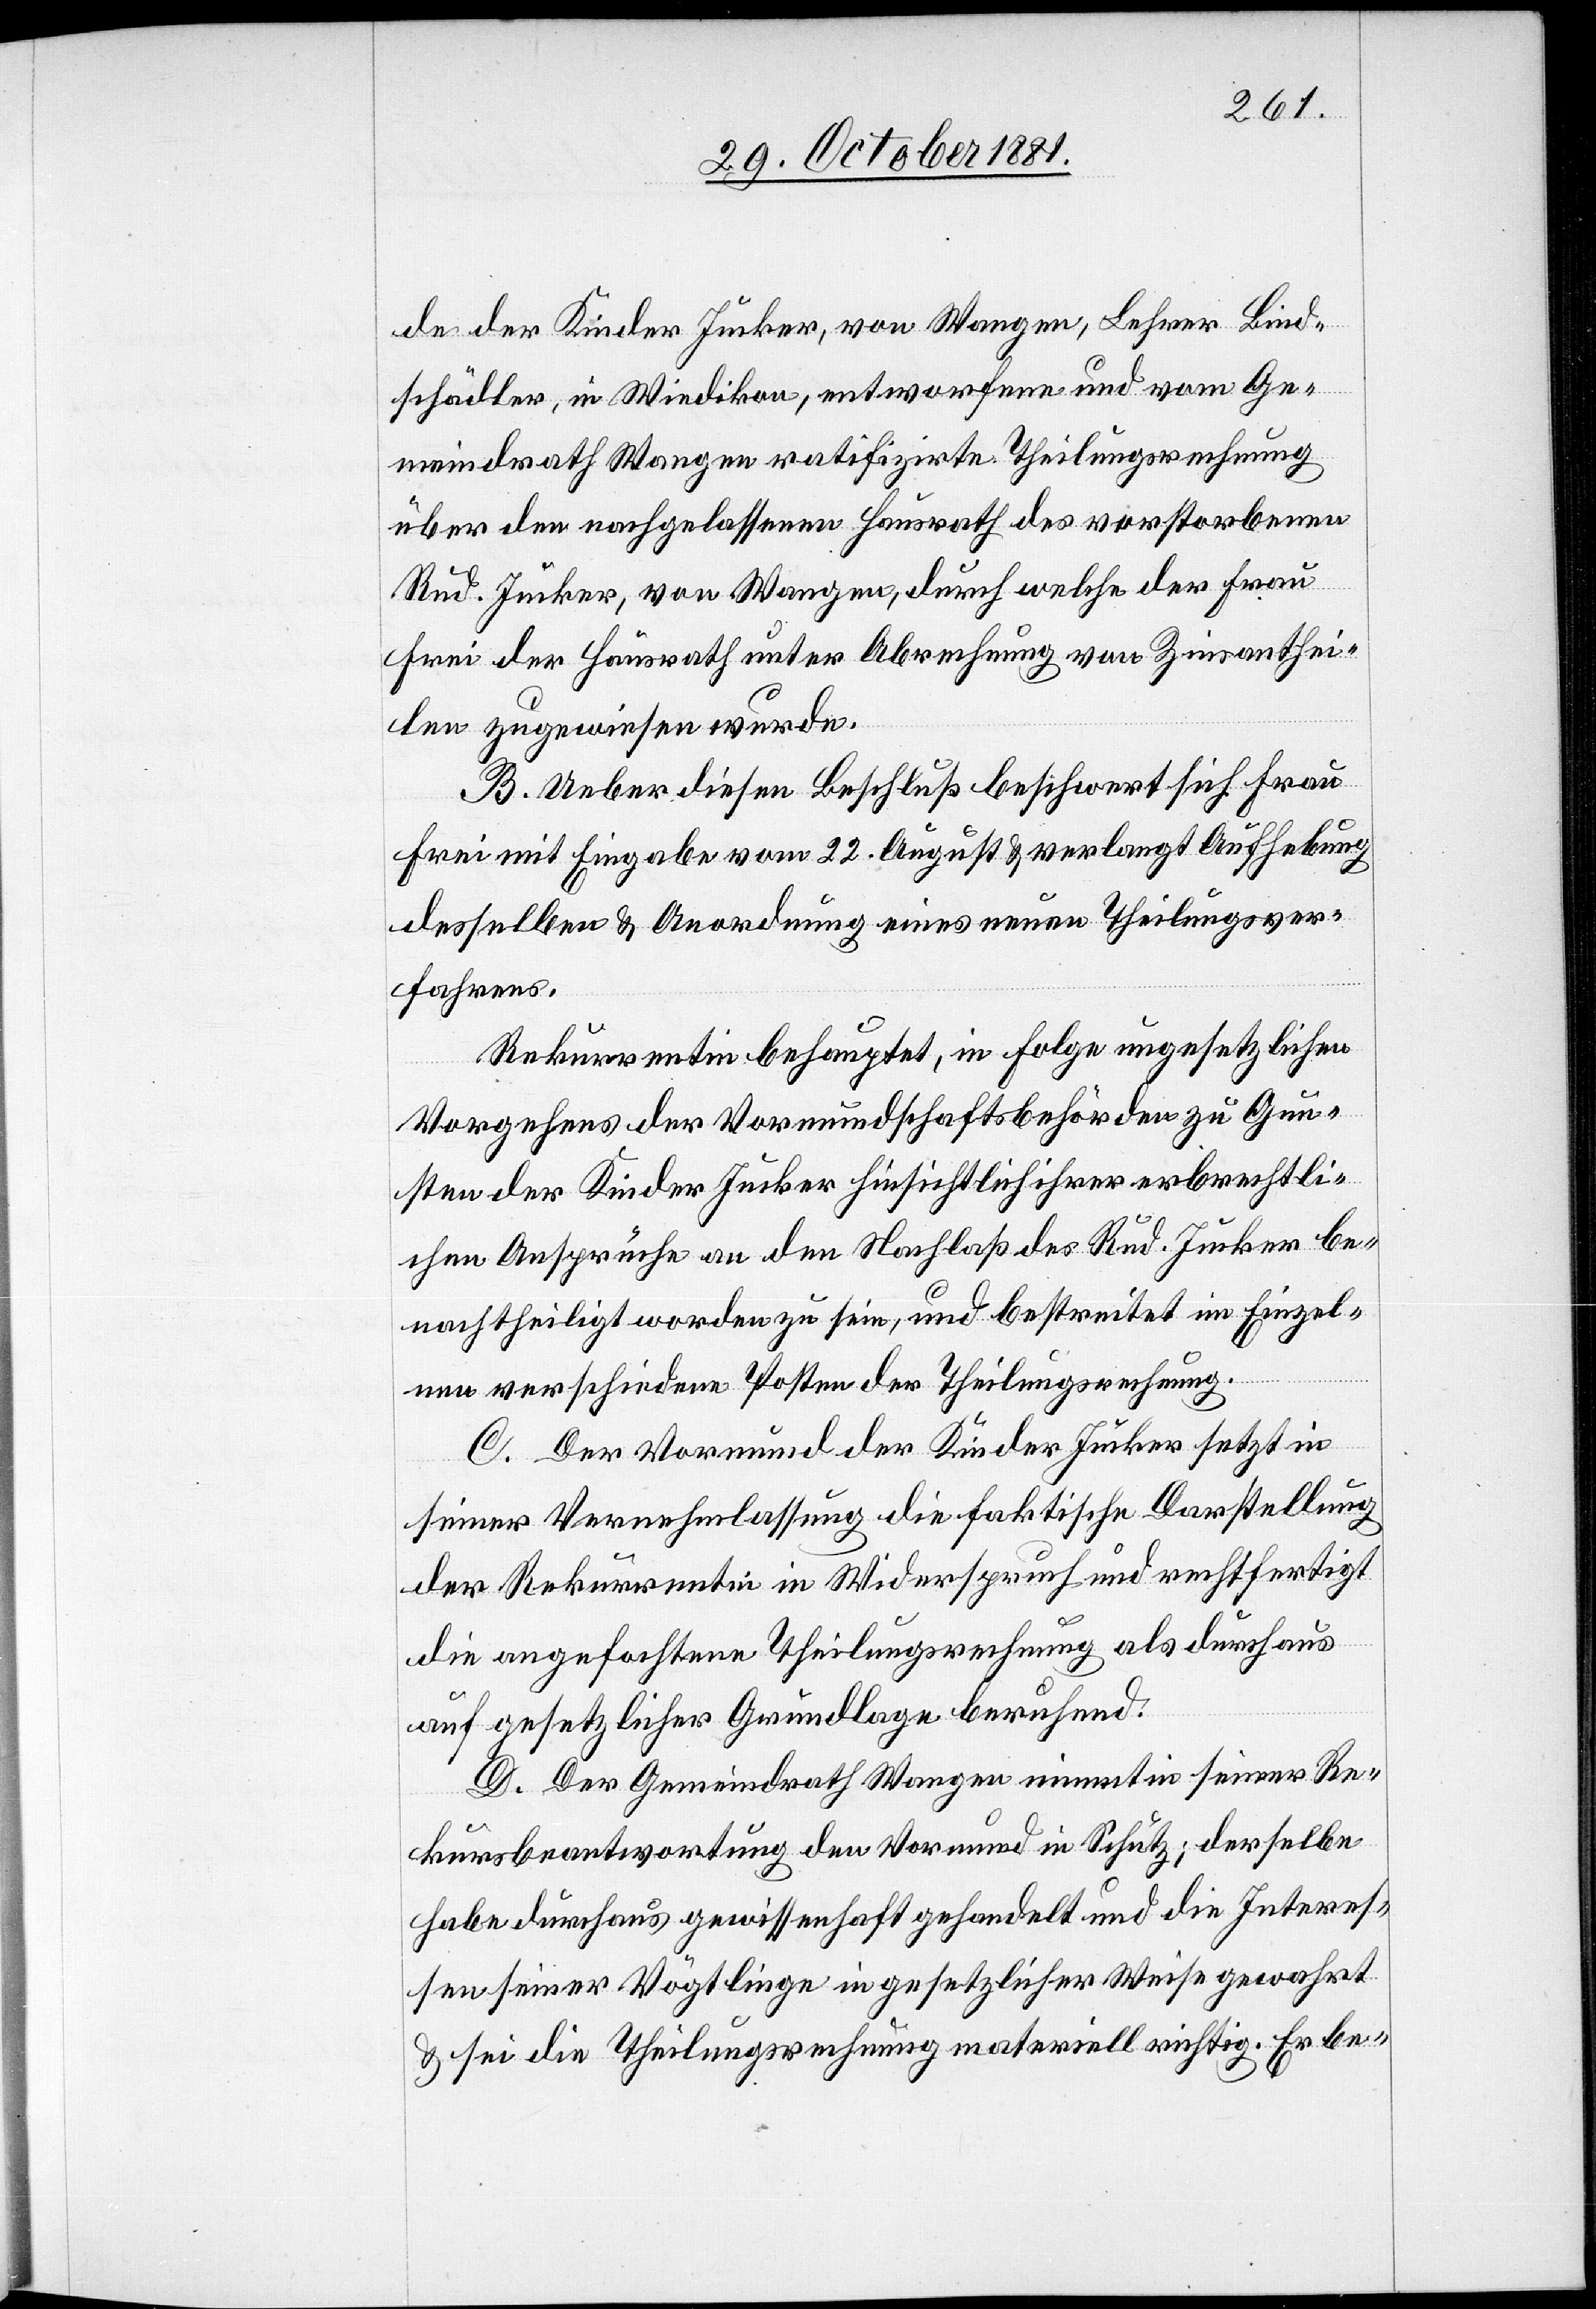
de der Kinder Jucker, von Wangen, Lehrer Bind¬
schädler, in Wiedikon, entworfene und vom Ge¬
meindrath Wangen ratifizirte Theilungsrechnung
über den nachgelassenen Hausrath des verstorbenen
Rud. Jucker, von Wangen, durch welche der Frau
Frei der Hausrath unter Abrechnung von Zinsanthei¬
len zugewiesen wurde.
B. Ueber diesen Beschluß beschwert sich Frau
Frei mit Eingabe vom 22. August & verlangt Aufhebung
desselben & Anordnung eines neuen Theilungsver¬
fahrens.
Rekurrentin behauptet, in Folge ungesetzlichen
Vorgehens der Vormundschaftsbehörde zu Gun¬
sten der Kinder Jucker hinsichtlich ihrer erbrechtli¬
chen Ansprüche an den Nachlaß des Rud. Jucker be¬
nachtheiligt worden zu sein, und bestreitet im Einzel¬
nen verschiedene Posten der Theilungsrechnung.
C. Der Vormund der Kinder Jucker setzt in
seiner Vernehmlassung die faktische Darstellung
der Rekurrentin in Wiederspruch und rechtfertigt
die angefochtene Theilungsrechnung als durchaus
auf gesetzlicher Grundlage beruhend.
D. Der Gemeindrath Wangen nimmt in seiner Re¬
kursbeantwortung den Vormund in Schutz; derselbe
habe durchaus gewissenhaft gehandelt und die Interes¬
sen seiner Vögtlinge in gesetzlicher Weise gewahrt
& sei die Theilungsrechnung materiell richtig. Er be-